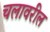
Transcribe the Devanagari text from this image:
चलावरील